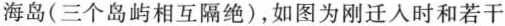
海岛(三个岛屿相互隔绝)，如图为刚迁入时和若干